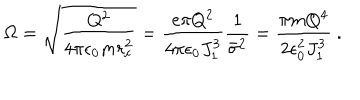
LaTeX: \Omega = \sqrt { \frac { Q ^ { 2 } } { 4 \pi \epsilon _ { 0 } m r _ { c } ^ { 2 } } } = { \frac { e \pi Q ^ { 2 } } { 4 \pi \epsilon _ { 0 } J _ { 1 } ^ { 3 } } } { \frac { 1 } { { \bar { \sigma } } ^ { 2 } } } = { \frac { \pi m Q ^ { 4 } } { 2 \epsilon _ { 0 } ^ { 2 } J _ { 1 } ^ { 3 } } } ~ .